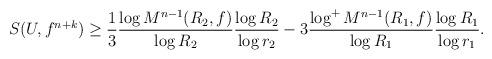
LaTeX: \begin{align*}\begin{aligned}S(U,f^{n+k})&\geq\frac13 \frac{\log M^{n-1}(R_2,f)}{\log R_2}\frac{\log R_2}{\log r_2}-3\frac{\log^+ M^{n-1}(R_1,f)}{\log R_1}\frac{\log R_1}{\log r_1}.\end{aligned}\end{align*}